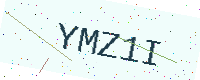
Text: YMZ1I